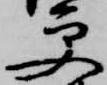
更